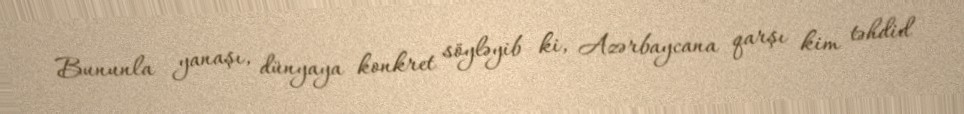
Bununla yanaşı, dünyaya konkret söyləyib ki, Azərbaycana qarşı kim təhdid